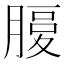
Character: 𦞶